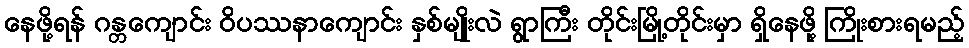
နေဖို့ရန် ဂန္တကျောင်း ဝိပဿနာကျောင်း နှစ်မျိုးလဲ ရွာကြီး တိုင်းမြို့တိုင်းမှာ ရှိနေဖို့ ကြိုးစားရမည့်